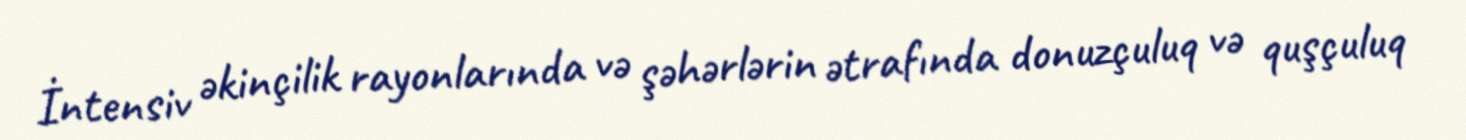
İntensiv əkinçilik rayonlarında və şəhərlərin ətrafında donuzçuluq və quşçuluq